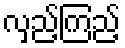
လှည့်ကြည့်